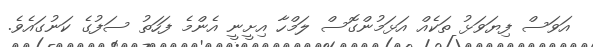
އަވަސް ފިޔަވަޅު ތަކެއް އަޅަމުންގޮސް ލަމްހާ އިށީނީ އެންމެ ފަހަތު ސަފުގެ ކަނުގައެވެ.